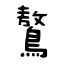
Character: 鷔